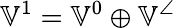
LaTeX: \mathbb{V}^{1}=\mathbb{V}^{0}\oplus\mathbb{V}^{\angle}